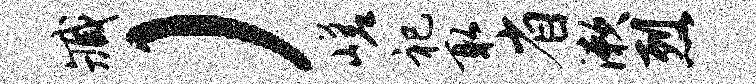
臧）嵯祀取省漱烈